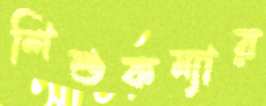
শিশুকন্যার